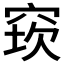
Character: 𥦔